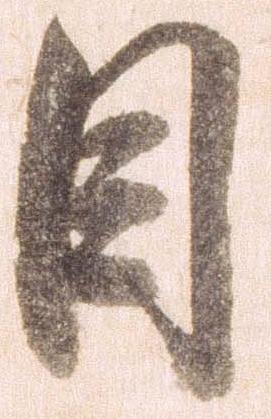
目